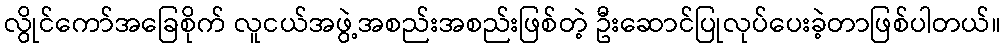
လွိုင်ကော်အခြေစိုက် လူငယ်အဖွဲ့အစည်းအစည်းဖြစ်တဲ့ ဦးဆောင်ပြုလုပ်ပေးခဲ့တာဖြစ်ပါတယ်။